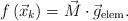
LaTeX: \begin{align*}f\left(\vec{x}_{k}\right)=\vec{M}\cdot\vec{g}_{\mathrm{elem}}.\end{align*}